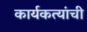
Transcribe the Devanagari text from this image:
कार्यकत्यांची